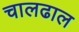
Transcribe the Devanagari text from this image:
चालढाल